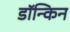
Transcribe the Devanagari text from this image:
डॉन्किन